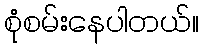
စုံစမ်းနေပါတယ်။